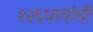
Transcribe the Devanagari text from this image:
१२६धावांची